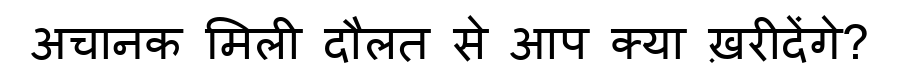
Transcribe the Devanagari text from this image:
अचानक मिली दौलत से आप क्या ख़रीदेंगे?